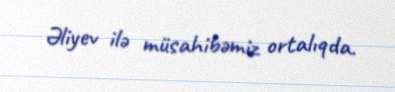
Əliyev ilə müsahibəmiz ortalıqda.